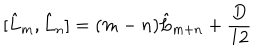
LaTeX: \lbrack \hat { L } _ { m } , \hat { L } _ { n } ] = ( m - n ) \hat { L } _ { m + n } + \frac { D } { 1 2 }